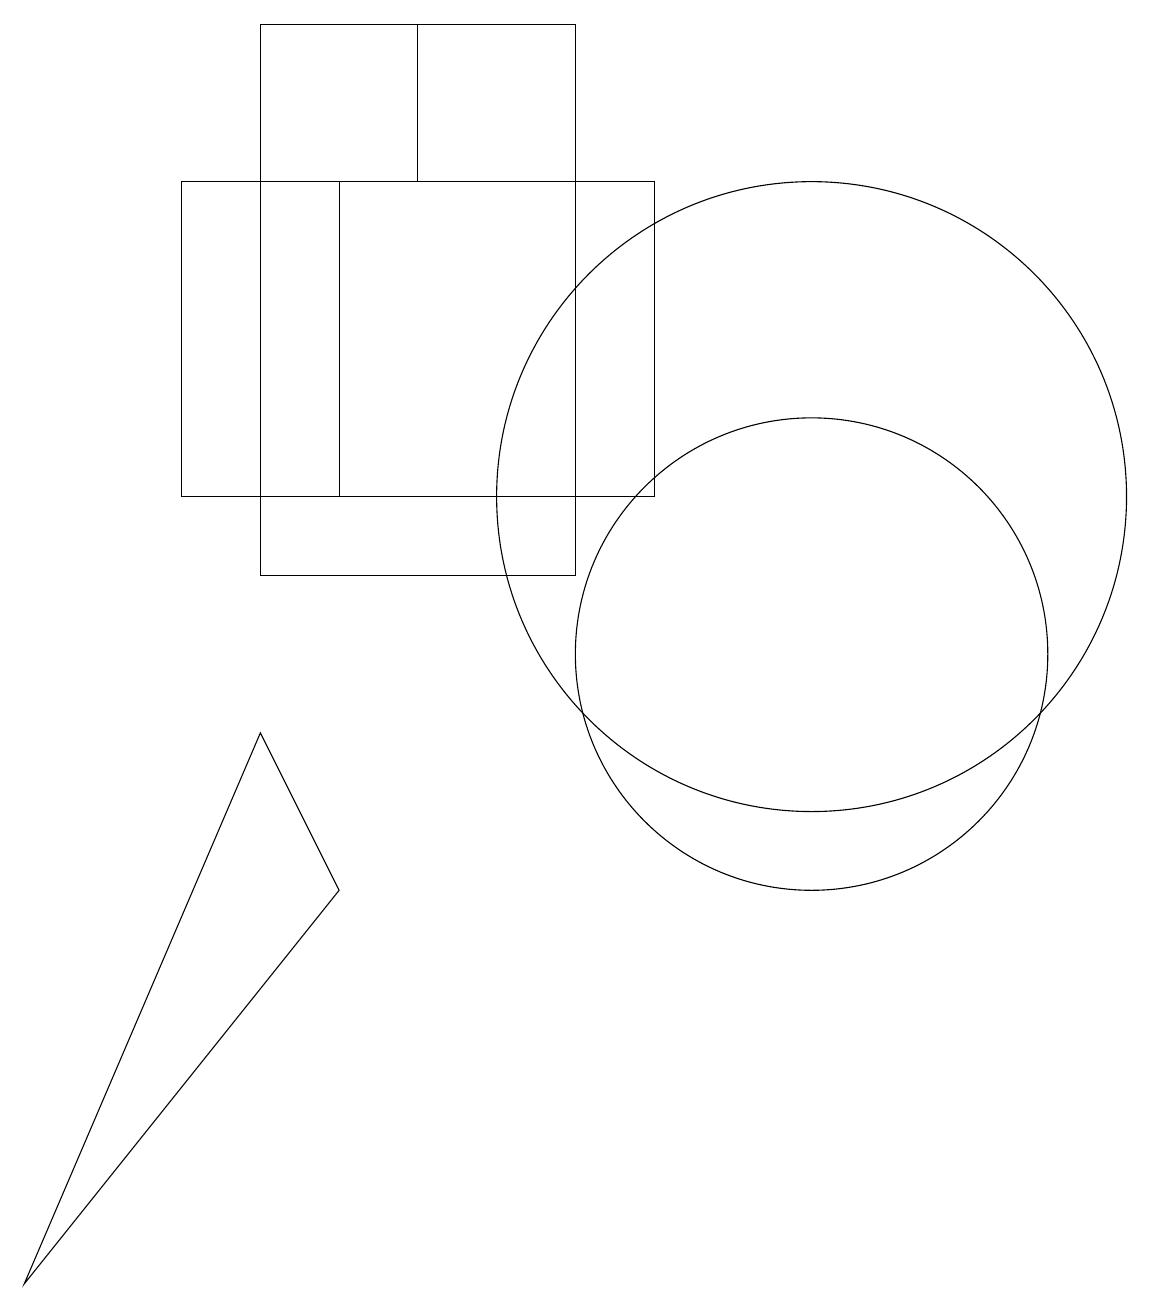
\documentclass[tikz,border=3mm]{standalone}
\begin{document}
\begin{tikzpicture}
\draw (10,12) circle (4);
\draw (3,9) -- (4,7) -- (0,2) -- cycle;
\draw (5,16) rectangle (7,18);
\draw (8,16) rectangle (4,12);
\draw (3,18) rectangle (7,11);
\draw (7,16) rectangle (2,12);
\draw (10,10) circle (3);
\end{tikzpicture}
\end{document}